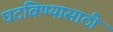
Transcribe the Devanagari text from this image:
घटविण्यासाठी